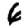
Digit: 6